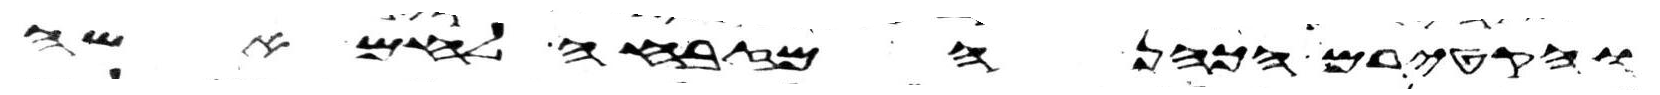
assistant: והקטירם הכהן המזבחה לחם אשה